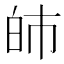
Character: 𤽌